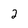
Character: 2